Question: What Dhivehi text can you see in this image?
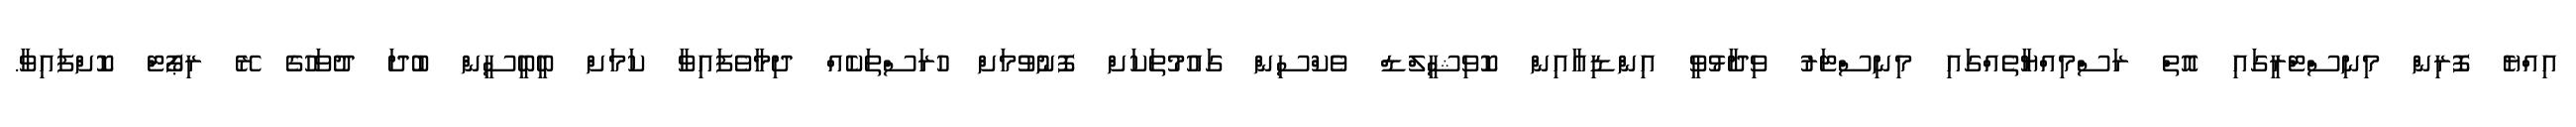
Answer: އިއްޔެ ފޮރިން މިނިސްޓްރީގައި އޮތް ރަސްމިއްޔާތެއްގައި މިނިސްޓަރު ވިދާޅުވީ އިންޑިއާއިން ކޮވިޝީލްޑް ވެކްސިން ގައުމުތަކަށް ފޮނުވުމަށް ހުރަސްތަކެއް ދިމާވެފައިވާ ކަމަށް ބީބީސީން ބުދަ ދުވަހުގެ ރޭ ރިޕޯޓް ކޮށްފައިވާ.